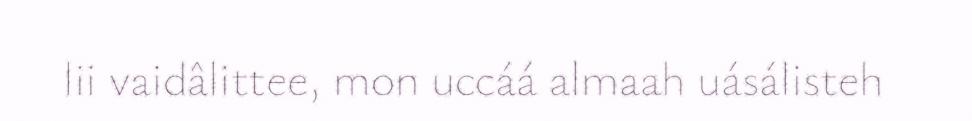
lii vaidâlittee, mon uccáá almaah uásálisteh